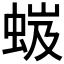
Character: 𧋏